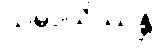
သမ္ပာယိဿန္တိ